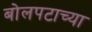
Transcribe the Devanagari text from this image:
बोलपटाच्या